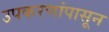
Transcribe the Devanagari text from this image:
उपकरणांपासून